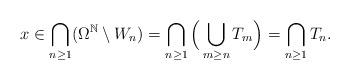
LaTeX: \begin{align*}x\in \bigcap_{n\geq 1} (\Omega^{\mathbb N}\setminus W_n)=\bigcap_{n\geq 1}\Big( \bigcup_{m\geq n} T_m\Big) = \bigcap_{n\geq 1} T_{n}.\end{align*}